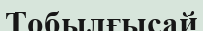
Тобылғысай